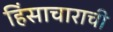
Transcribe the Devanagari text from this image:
हिंसाचाराची